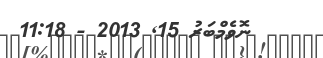
ނޮވެމްބަރު 15